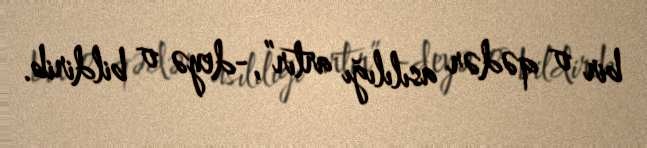
bir o qədər asılılığı artır”,-deyə o bildirib.